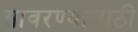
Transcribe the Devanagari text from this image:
सावरण्यासाठी